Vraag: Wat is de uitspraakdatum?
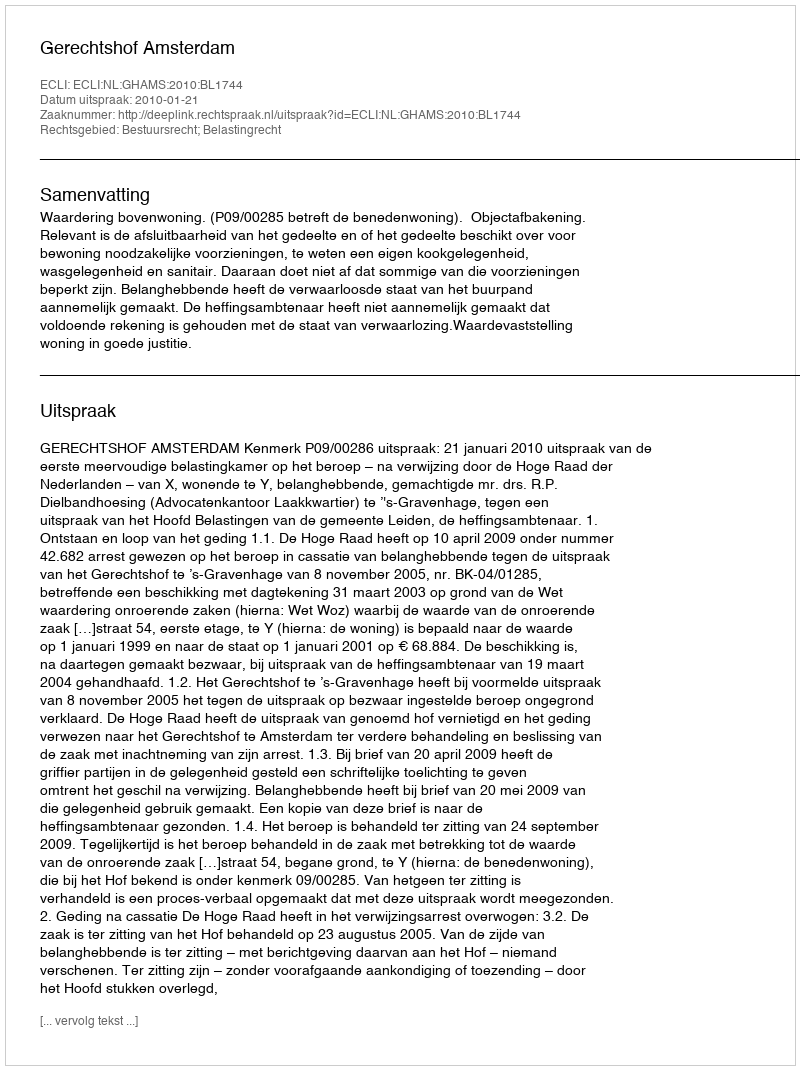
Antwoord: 2010-01-21